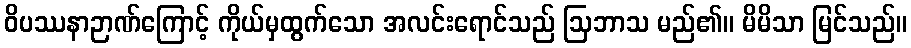
ဝိပဿနာဉာဏ်ကြောင့် ကိုယ်မှထွက်သော အလင်းရောင်သည် ဩဘာသ မည်၏။ မိမိသာ မြင်သည်။